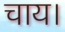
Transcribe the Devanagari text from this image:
चाय।